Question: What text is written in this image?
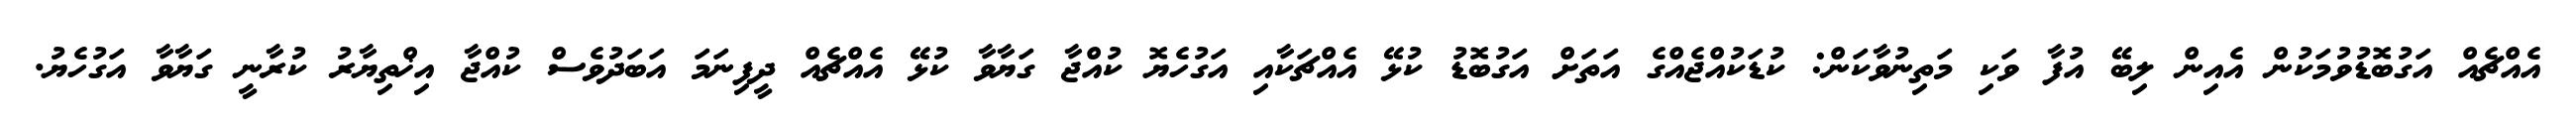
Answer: އެއްޗެއް އަގުބޮޑުވުމަކުން އެއިން ލިބޭ އުފާ ވަކި މަތިނުވާކަން: ކުޑަކުއްޖެއްގެ އަތަށް އަގުބޮޑު ކުޅޭ އެއްޗަކާއި އަގުހެޔޮ ކުއްޖާ ގަޔާވާ ކުޅޭ އެއްޗެއް ދީފިނަމަ އަބަދުވެސް ކުއްޖާ އިޚްތިޔާރު ކުރާނީ ގަޔާވާ އަގުހެޔު.